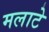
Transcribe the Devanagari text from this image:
मलाटे